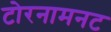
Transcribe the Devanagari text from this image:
टोरनामनट